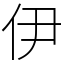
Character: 伊